Indian journal of veterinary science and animal husbandry - Volume 3,
Year: 1933
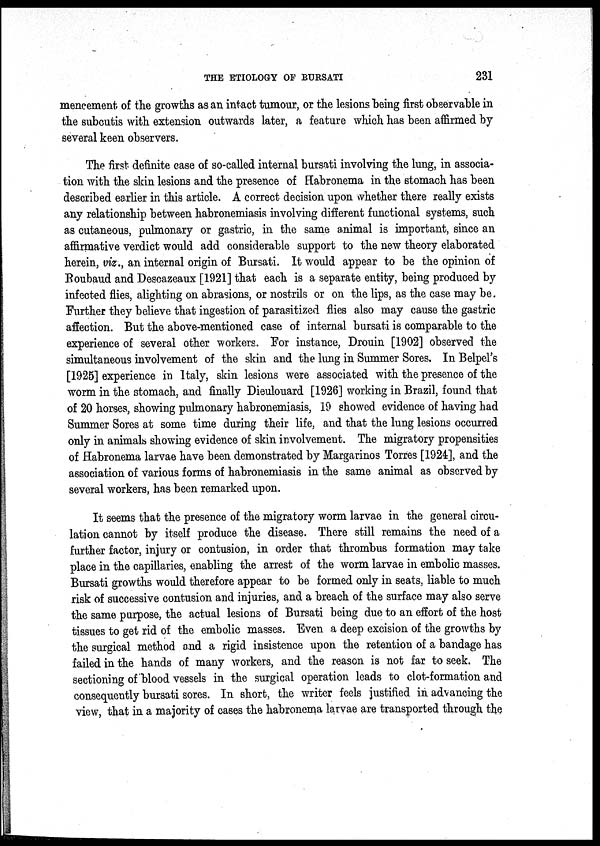
THE ETIOLOGY OF BURSATI
231
mencement. of the growths as an intact tumour, or the lesions being first observable in
the subcutis with extension outwards later, a feature which has been affirmed by
several keen observers.
The first definite case of so-called internal bursati involving the lung, in associa-
tion with the skin lesions and the presence of Habronema in the stomach has been
described earlier in this article. A correct decision upon whether there really exists
any relationship between habronemiasis involving different functional systems, such
as cutaneous, pulmonary or gastric, in the same animal is important, since an
affirmative verdict would add considerable support to the new theory elaborated
herein, viz., an internal origin of Bursati. It would appear to be the opinion of
Roubaud and Descazeaux [1921] that each is a separate entity, being produced by
infected flies, alighting on abrasions, or nostrils or on the lips, as the case may be.
Further they believe that ingestion of parasitized flies also may cause the gastric
affection. But the above-mentioned case of internal bursati is comparable to the
experience of several other workers. For instance, Drouin [1902] observed the
simultaneous involvement of the skin and the lung in Summer Sores. In Belpel's
[1925] experience in Italy, skin lesions were associated with the presence of the
worm in the stomach, and finally Dieulouard [1926] working in Brazil, found that
of 20 horses, showing pulmonary habronemiasis, 19 showed evidence of having had
Summer Sores at some time during their life, and that the lung lesions occurred
only in animals showing evidence of skin involvement. The migratory propensities
of Habronema larvae have been demonstrated by Margarinos Torres [1924], and the
association of various forms of habronemiasis in the same animal as observed by
several workers, has been remarked upon.
It seems that the presence of the migratory worm larvae in the general circu-
lation cannot by itself produce the disease. There still remains the need of a
further factor, injury or contusion, in order that thrombus formation may take
place in the capillaries, enabling the arrest of the worm larvae in embolic masses.
Bursati growths would therefore appear to be formed only in seats, liable to much
risk of successive contusion and injuries, and a breach of the surface may also serve
the same purpose, the actual lesions of Bursati being due to an effort of the host
tissues to get rid of the embolic masses. Even a deep excision of the growths by
the surgical method and a rigid insistence upon the retention of a bandage has
failed in the hands of many workers, and the reason is not far to seek. The
sectioning of blood vessels in the surgical operation leads to clot-formation and
consequently bursati sores. In short, the writer feels justified in advancing the
view, that in a majority of cases the habronema larvae are transported through the